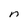
Character: n